Indian Medical Review
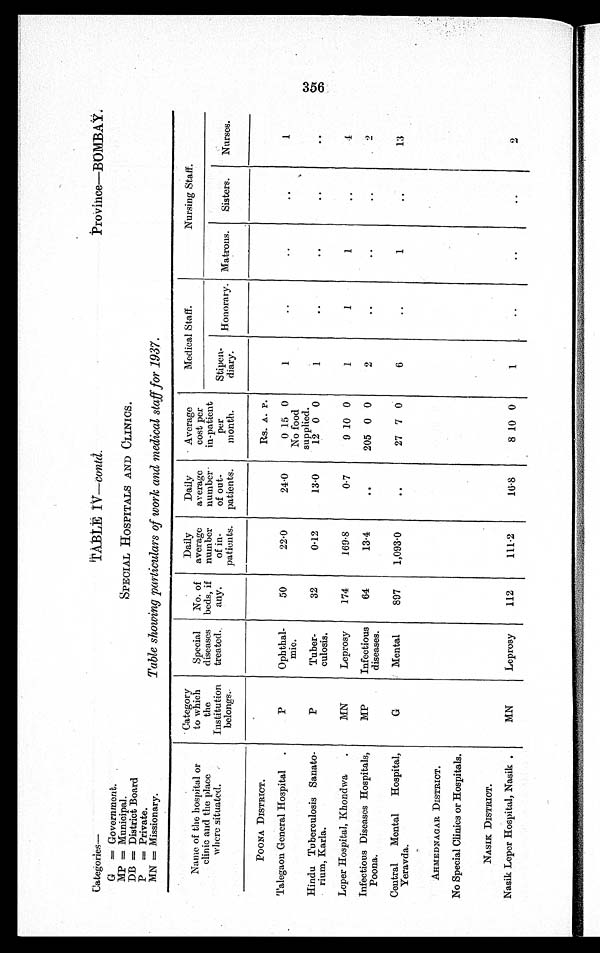
Categories—
TABLE IV—contd.
Province—BOMBAY.
G=Government.
MP = Municipal.
SPECIAL HOSPITALS AND CLINICS.
DB = District Board
P
= Private.
MN=Missionary.
Table showing particulars of work and medical staff for 1937.
Name of the hospital or
clinic and the place
where situated.
Category
to which
the
Institution
belongs.
Special
diseases
treated.
No. of
beds, if
any.
Daily
average
number
of in-
patients.
Daily
average
number
of out-
patients.
Average
cost per
in-patient
per
month.
Medical Staff.
Nursing Staff.
Stipen-
diary.
Honorary. Matrons.
Sisters.
Nurses.
POONA DISTRICT.
Rs. A. P.
Talegaon General Hospital
P
Ophthal-
mic.
50
22·0
24·0
0 15 0
1
...
. .
. .
1
No food
supplied.
Hindu Tuberculosis Sanato-
rium, Karla.
P
Tuber-
culosis.
32
0·12
13·0
12 0 0
1
..
..
..
. .
Leper Hospital, Khondwa
MN
Leprosy
174
169·8
0·7
9 10 0
1
1
1
. .
4
Infectious Diseases Hospitals,
Poona.
MP
Infectious
diseases.
64
13·4
. .
205 0 0
2
..
..
..
. .
Central.Mental Hospital,
Yeravda.
G
Mental
897
1,093·0
..
27 7 0
6
..
1
..
13
AHMEDNAGAR DISTRICT.
No Special Clinics or Hospitals.
NASIK DISTRICT.
Nasik Leper Hospital, Nasik.
MN
Leprosy
112
111·2
16·8
8 10 0
1
..
..
..
2
356